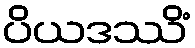
ပိယဒဿိံ